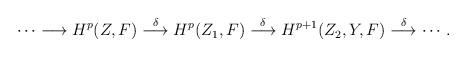
LaTeX: \begin{align*}\begin{aligned}\cdots \longrightarrow H^{p}(Z, F)\overset{\delta}{\longrightarrow} H^{p}(Z_{1}, F) \overset{\delta}{\longrightarrow}H^{p+1}(Z_{2}, Y, F) \overset{\delta}{\longrightarrow}\cdots.\end{aligned}\end{align*}